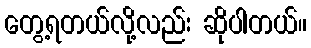
တွေ့ရတယ်လို့လည်း ဆိုပါတယ်။